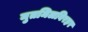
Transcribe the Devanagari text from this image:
मुतमिलविरहर